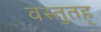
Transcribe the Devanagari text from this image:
वस्तुतह्